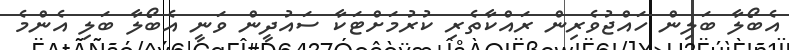
އެބޯލާ ބަލިން ހައްޖުވެރިން ރައްކާތެރި ކުރުމަށްޓަކާ ސައުދީން ވަނީ އެބޯލާ ބަލި އެންމެ